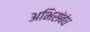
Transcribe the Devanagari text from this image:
अभिसंबंध